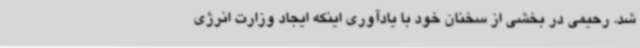
شد. رحیمی در بخشی از سخنان خود با یادآوری اینکه ایجاد وزارت انرژی